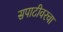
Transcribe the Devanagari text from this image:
सपाटीवरचा